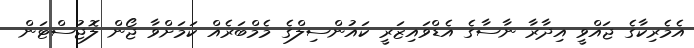
އެމެރިކާގެ ޖައްވީ އިދާރާ ނާސާގެ އެޑްވައިޒަރީ ކައުންސިލްގެ މެމްބަރެއް ކަމަށްވާ ޖޯން ލޮޖުސްޓަން